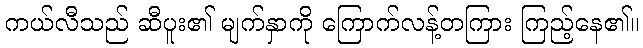
ကယ်လီသည် ဆီပူး၏ မျက်နှာကို ကြောက်လန့်တကြား ကြည့်နေ၏။